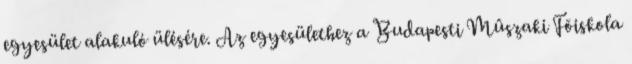
egyesület alakuló ülésére. Az egyesülethez a Budapesti Mûszaki Fõiskola